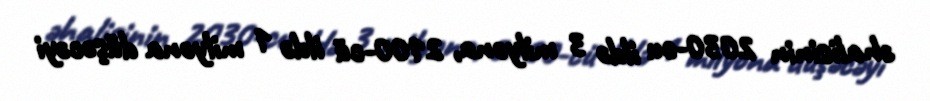
əhalisinin 2030-cu ildə 3 milyona, 2100-cü ildə 1 milyona düşəcəyi